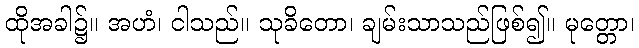
ထိုအခါ၌။ အဟံ၊ ငါသည်။ သုခိတော၊ ချမ်းသာသည်ဖြစ်၍။ မုတ္တော၊